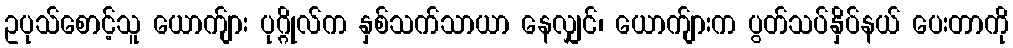
ဥပုသ်စောင့်သူ ယောက်ျား ပုဂ္ဂိုလ်က နှစ်သက်သာယာ နေလျှင်၊ ယောက်ျားက ပွတ်သပ်နှိပ်နယ် ပေးတာကို